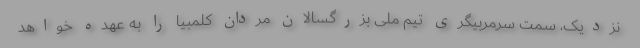
نزدیک، سمت سرمربیگری تیم ملی بزرگسالان مردان کلمبیا را به عهده خواهد